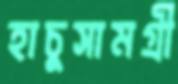
হাচুসামগ্রী